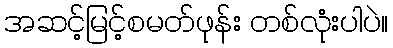
အဆင့်မြင့်စမတ်ဖုန်း တစ်လုံးပါပဲ။